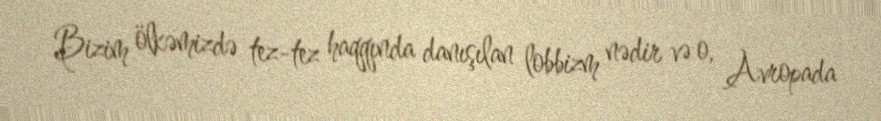
Bizim ölkəmizdə tez-tez haqqında danışılan lobbizm nədir və o, Avropada